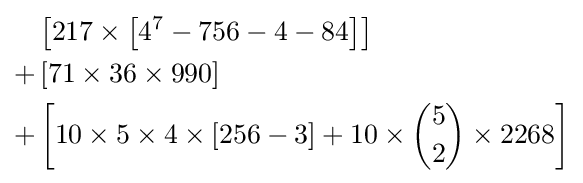
{\begin{aligned}&\left[217\times \left[4^{7}-756-4-84\right]\right]\\+&{}\left[71\times 36\times 990\right]\\+&\left[10\times 5\times 4\times \left[256-3\right]+10\times {5 \choose 2}\times 2268\right]\end{aligned}}